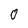
Character: 0